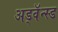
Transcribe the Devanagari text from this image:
अड्वॅन्स्ड